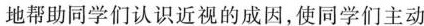
地帮助同学们认识近视的成因，使同学们主动